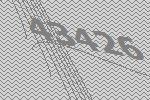
43426